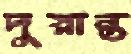
দুরান্ত